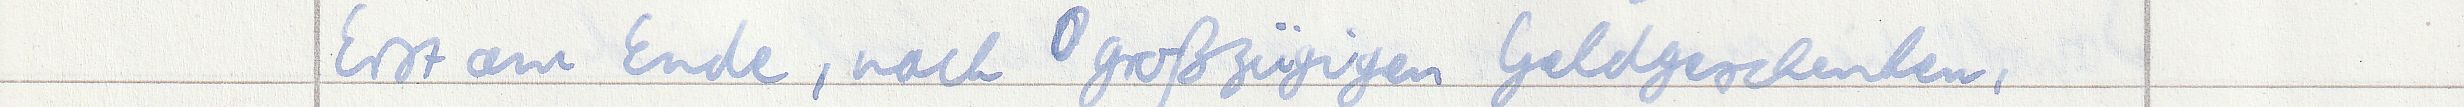
Erst am Ende, nach großzügigen Geldgeschenken,